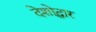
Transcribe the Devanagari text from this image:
देशोद्धार